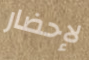
لإحضار